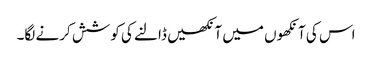
اس کی آنکھوں میں آنکھیں ڈالنے کی کوشش کرنے لگا۔